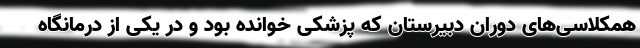
همکلاسی‌های دوران دبیرستان که پزشکی خوانده ‌بود و در یکی از درمانگاه